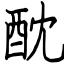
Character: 酖